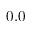
0 . 0